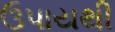
ઉપાયથી